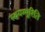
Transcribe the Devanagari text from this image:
स्वयम्भूरिति